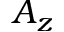
A _ { z }